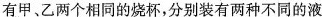
有甲、乙两个相同的烧杯，分别装有两种不同的液